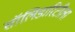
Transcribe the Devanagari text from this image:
सॉलिडारिटीला